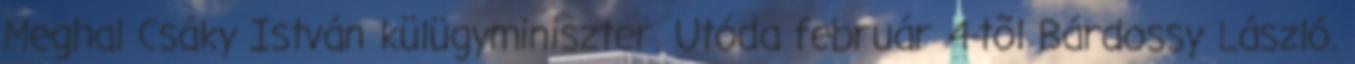
Meghal Csáky István külügyminiszter. Utóda február 4-tõl Bárdossy László.